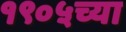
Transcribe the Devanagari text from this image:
१९०५च्या